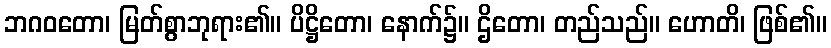
ဘဂဝတော၊ မြတ်စွာဘုရား၏။ ပိဋ္ဌိတော၊ နောက်၌။ ဌိတော၊ တည်သည်။ ဟောတိ၊ ဖြစ်၏။